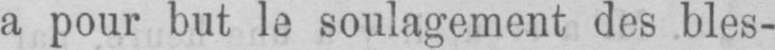
a pour but le soulagement des bles-